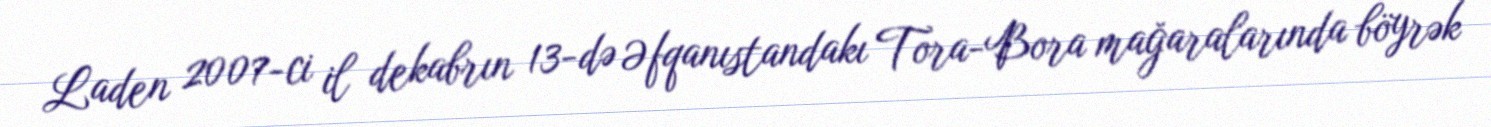
Laden 2007-ci il dekabrın 13-də Əfqanıstandakı Tora-Bora mağaralarında böyrək